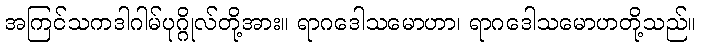
အကြင်သကဒါဂါမ်ပုဂ္ဂိုလ်တို့အား။ ရာဂဒေါသမောဟာ၊ ရာဂဒေါသမောဟတို့သည်။